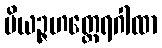
ပိယဉ္ဇဟတ္ထေရဂါထာ